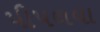
પીપળવા